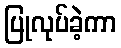
ပြုလုပ်ခဲ့ကာ